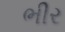
ભીર